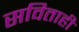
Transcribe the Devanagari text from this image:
सविताही